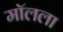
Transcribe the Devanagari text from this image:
मॉलला